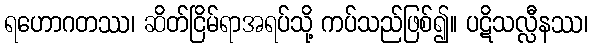
ရဟောဂတဿ၊ ဆိတ်ငြိမ်ရာအရပ်သို့ ကပ်သည်ဖြစ်၍။ ပဋိသလ္လီနဿ၊